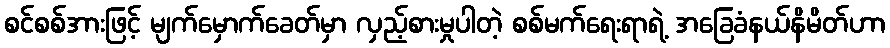
စင်စစ်အားဖြင့် မျက်မှောက်ခေတ်မှာ လှည့်စားမှုပါတဲ့ စစ်မက်ရေးရာရဲ့ အခြေခံနယ်နိမိတ်ဟာ